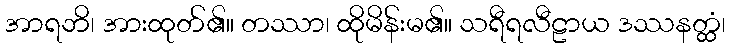
အာရဘိ၊ အားထုတ်၏။ တဿာ၊ ထိုမိန်းမ၏။ သရီရလီဠာယ ဒဿနတ္ထံ၊